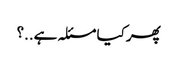
پھر کیا مسئلہ ہے..؟